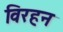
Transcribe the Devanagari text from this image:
विरहन